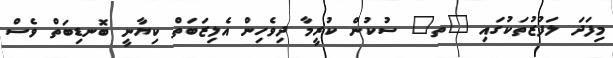
މިފަދަ ލަފުޒުތަކުގައި "ތ" ސުކުން ކުރީމާ ދިވެހިން އެލިޒަބަތް ކިޔާނީ ބޮނޑިބަތް ވެސް